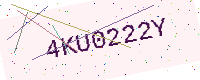
Text: 4KU0222Y